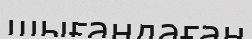
шығандаған